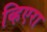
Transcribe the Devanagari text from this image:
व्हिएरा